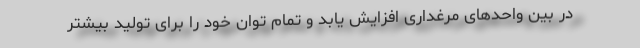
در بین واحدهای مرغداری افزایش یابد و تمام توان خود را برای تولید بیشتر